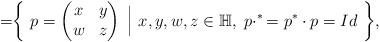
LaTeX: \begin{align*}=\biggr\{~p=\begin{pmatrix}x&y\\w&z\end{pmatrix}~\Bigr|~x,y,w,z\in\mathbb{H},~p\cdotp^*=p^{*}\cdot p=Id~\biggr\},\end{align*}